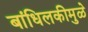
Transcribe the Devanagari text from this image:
बांधिलकीमुळे